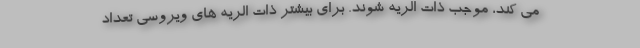
می کند، موجب ذات الریه شوند. برای بیشتر ذات الریه های ویروسی تعداد